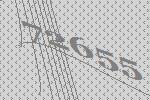
72655